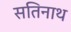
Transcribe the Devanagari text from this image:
सतिनाथ